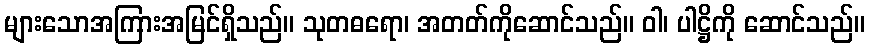
များသောအကြားအမြင်ရှိသည်။ သုတဓရော၊ အတတ်ကိုဆောင်သည်။ ဝါ၊ ပါဋ္ဌိကို ဆောင်သည်။